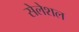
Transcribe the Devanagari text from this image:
सेलेशल